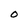
Character: O